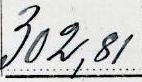
302,81